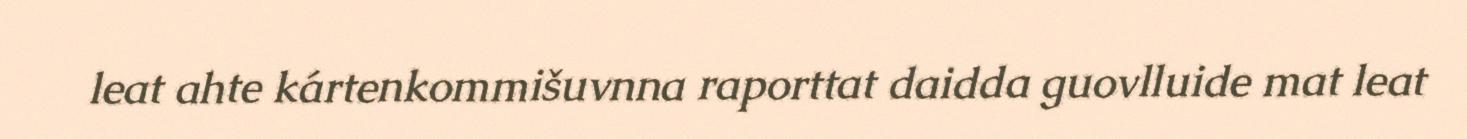
leat ahte kártenkommišuvnna raporttat daidda guovlluide mat leat